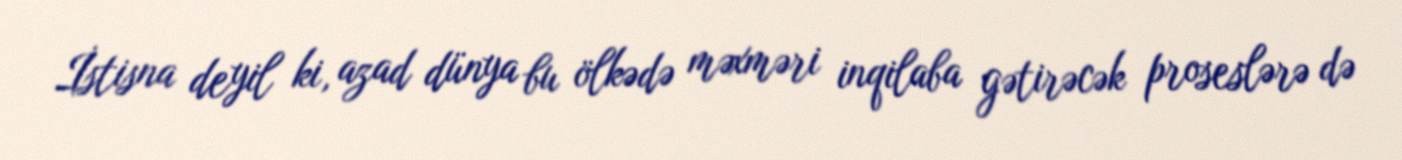
İstisna deyil ki, azad dünya bu ölkədə məxməri inqilaba gətirəcək proseslərə də